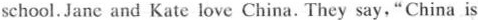
school. Jane and Kate love China. They say, "China is